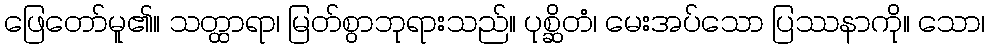
ဖြေတော်မူ၏။ သတ္ထာရာ၊ မြတ်စွာဘုရားသည်။ ပုစ္ဆိတံ၊ မေးအပ်သော ပြဿနာကို။ သော၊